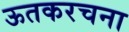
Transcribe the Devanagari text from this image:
ऊतकरचना